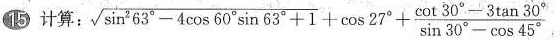
⑮计算:$$\sqrt { \sin ^ { 2 } 6 3 ° - 4 \cos